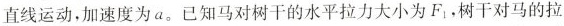
直线运动，加速度为a。已知马对树干的水平拉力大小为F_{1}，树干对马的拉